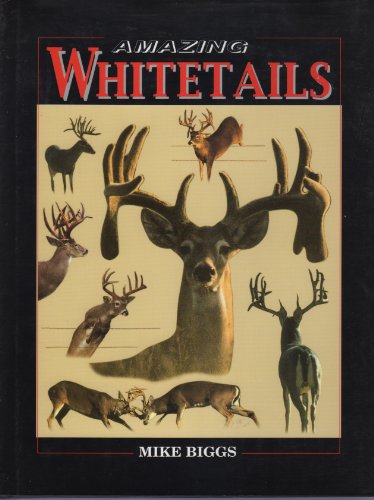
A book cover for Amazing Whitetails; Mike Biggs; Sports & Outdoors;